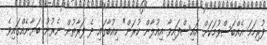
ފުރިހަމަ އެއްބަސްވުމަކަށް އައިސްފައިވާ އިއުލާން ކުރަން" ކިއުބާގައި ދެ ފަރާތުން ނެރުނު ބަޔާނެއްގައިވެ